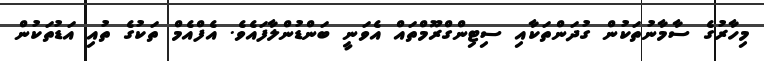
މިހާރުގެ ސާމާނުތަކުން ގުދަންތަކާއި ސިޓިންގްރޫމްތައް އެވަނީ ބަންޑުންލާފައެވެ. އެފްއެމް ތަކުގެ ތުއި އަޑުތަކުން